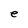
Character: e